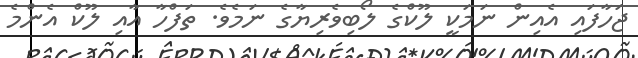
ޖަހާފައި އެއިން ނަމަކީ ލޫކްގެ ލޯބިވެރިޔާގެ ނަމެވެ. ތަފްހާ އާއި ލޫކް އެންމެ